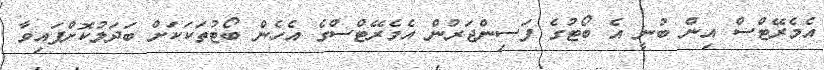
އެމެރޭޓްސް އިން ބުނީ އެ ބޯޓުގެ ފަސިންޖަރުން އެމެރޭޓްސްގެ އެހެން ބޯޓުތަކަކަށް ބަދަލުކޮށްފައިވާ